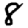
Digit: 8